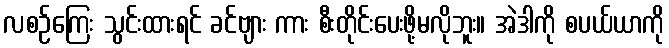
လစဉ်ကြေး သွင်းထားရင် ခင်ဗျား ကား စီးတိုင်းပေးဖို့မလိုဘူး။ အဲဒါကို စပယ်ယာကို